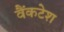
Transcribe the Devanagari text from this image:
वैंकटेश